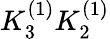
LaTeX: K_{3}^{(1)}K_{2}^{(1)}